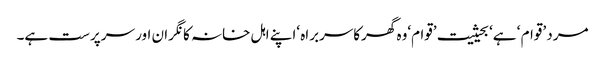
مرد ’قوام ‘ ہے‘ بحیثیت ’قوام‘وہ گھرکاسربراہ ‘اپنے اہل خانہ کا نگران اور سرپرست ہے۔